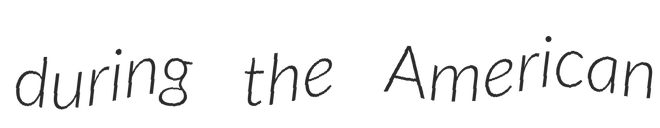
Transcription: during the American